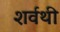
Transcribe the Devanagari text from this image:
शर्वथी